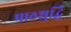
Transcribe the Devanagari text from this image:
पाठशुद्धि